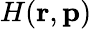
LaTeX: H(\textbf{r},\textbf{p})